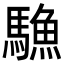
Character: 𩥭